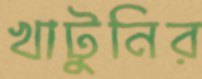
খাটুনির